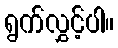
ရွက်လွှင့်ပါ။